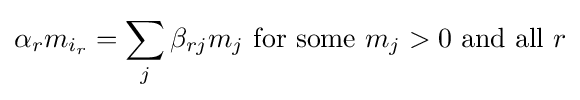
\alpha _{r}m_{i_{r}}=\sum _{j}\beta _{rj}m_{j}{\text{ for some }}m_{j}>0{\text{ and all }}r